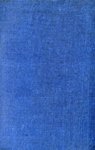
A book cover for Mongol journeys; Owen Lattimore; Travel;